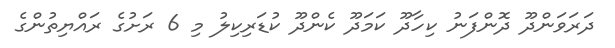
ދަރަވަންދޫ ދޮންފަނު ކިހާދޫ ކަމަދޫ ކެންދޫ ކުޑަރިކިލު މި 6 ރަށުގެ ރައްޔިތުންގެ